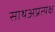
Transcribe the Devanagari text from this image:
साथअप्रत्यक्ष